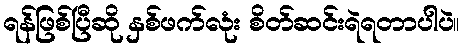
ရန်ဖြစ်ပြီဆို နှစ်ဖက်လုံး စိတ်ဆင်းရဲရတာပါပဲ။